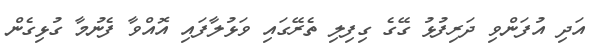
އަދި އުފަންވި ދަރިފުޅު ގޭގެ ގިފިލި ތެރޭގައި ވަޅުލާފައި އޮއްވާ ފެނުމާ ގުޅިގެން